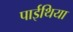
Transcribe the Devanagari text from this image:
पाईथिया